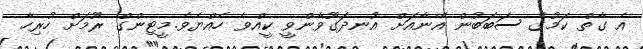
އެ ގާތް ކަމުގެ ސަބަބުން އޭނާއަށް އުނދަގޫވާންވީ ކީއްވެ ހެއްޔެވެ.މީޓިންގް ރޫމަށް ހުރިހާ